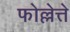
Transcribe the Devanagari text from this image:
फोल्लेत्ते